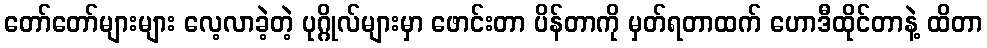
တော်တော်များများ လေ့လာခဲ့တဲ့ ပုဂ္ဂိုလ်များမှာ ဖောင်းတာ ပိန်တာကို မှတ်ရတာထက် ဟောဒီထိုင်တာနဲ့ ထိတာ